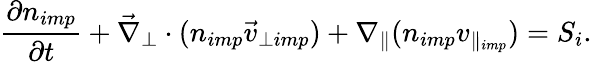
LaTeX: \frac{\partial n_{imp}}{\partial t}+\vec{\nabla}_{\perp}\cdot(n_{imp}\vec{v}_{\perp imp})+\nabla_{\parallel}(n_{imp}v_{\parallel_{imp}})=S_{i}.